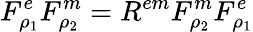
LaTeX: F_{\rho_{1}}^{e}F_{\rho_{2}}^{m}=R^{em}F_{\rho_{2}}^{m}F_{\rho_{1}}^{e}